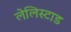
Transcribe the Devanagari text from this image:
लेलिस्टाड